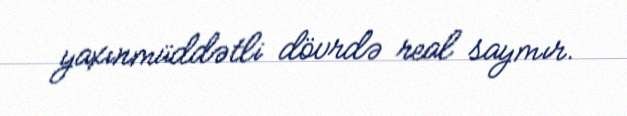
yaxınmüddətli dövrdə real saymır.